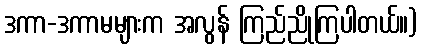
ဒကာ-ဒကာမများက အလွန် ကြည်ညိုကြပါတယ်။)